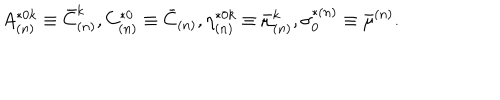
A _ { ( n ) } ^ { * 0 k } \equiv \bar { C } _ { ( n ) } ^ { k } , C _ { ( n ) } ^ { * 0 } \equiv \bar { C } _ { ( n ) } , \eta _ { ( n ) } ^ { * 0 k } \equiv \bar { \mu } _ { ( n ) } ^ { k } , \sigma _ { 0 } ^ { * ( n ) } \equiv \bar { \mu } ^ { ( n ) } .